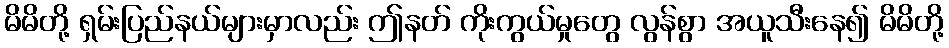
မိမိတို့ ရှမ်းပြည်နယ်များမှာလည်း ဤနတ် ကိုးကွယ်မှုတွေ လွန်စွာ အယူသီးနေ၍ မိမိတို့